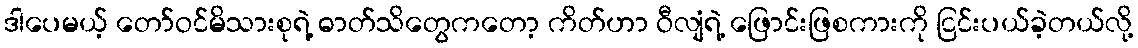
ဒါပေမယ့် တော်ဝင်မိသားစုရဲ့ ဓာတ်သိတွေကတော့ ကိတ်ဟာ ဝီလျံရဲ့ ဖြောင်းဖြစကားကို ငြင်းပယ်ခဲ့တယ်လို့